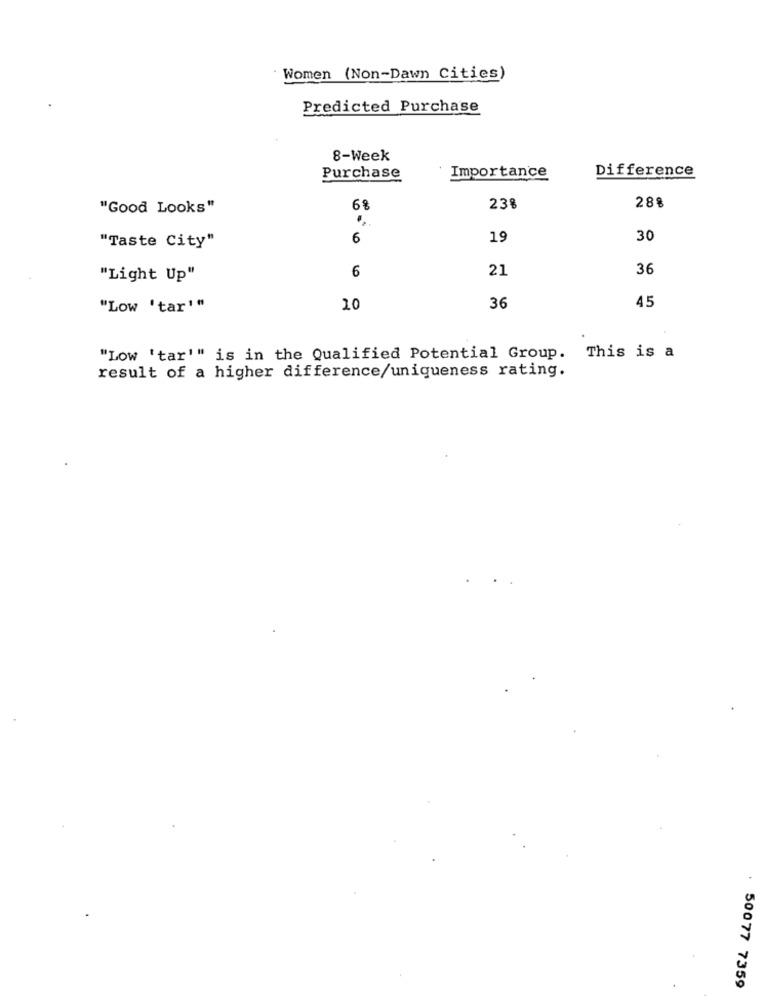
Women (Non-Dawn Cities)
Predicted Purchase
8-Week
Purchase
Importance
Difference
"Good Looks"
6%
23%
28%
6
19
30
"Taste City"
6
21
36
"Light Up"
45
"Low 'tar'"
20
36
"Low 'tar'" is in the Qualified Potential Group. This is a
result of a higher difference/uniqueness rating.
50077 7359